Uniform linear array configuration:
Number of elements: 48
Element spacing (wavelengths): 0.5
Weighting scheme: hann
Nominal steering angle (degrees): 45
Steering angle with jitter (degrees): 46.052
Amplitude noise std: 0.05
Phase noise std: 0.05

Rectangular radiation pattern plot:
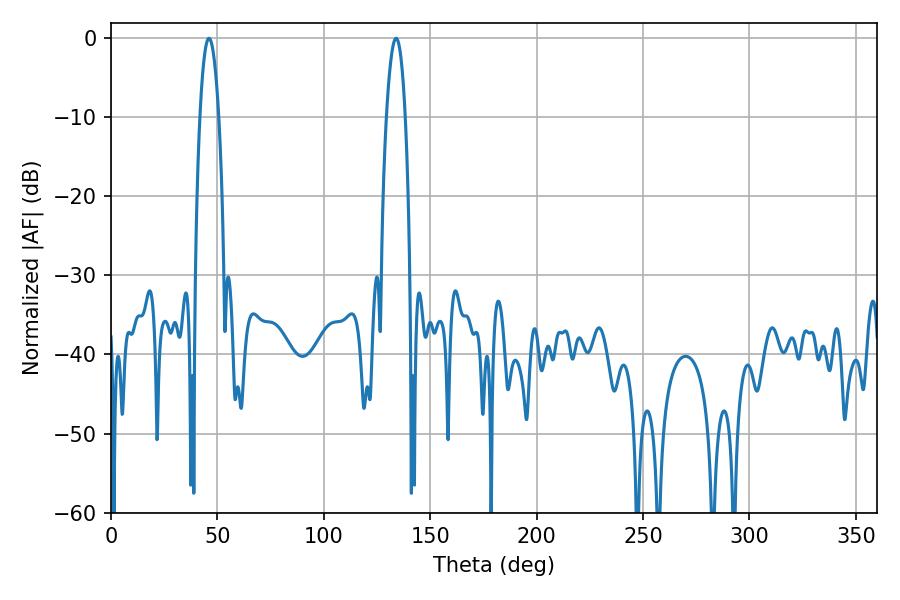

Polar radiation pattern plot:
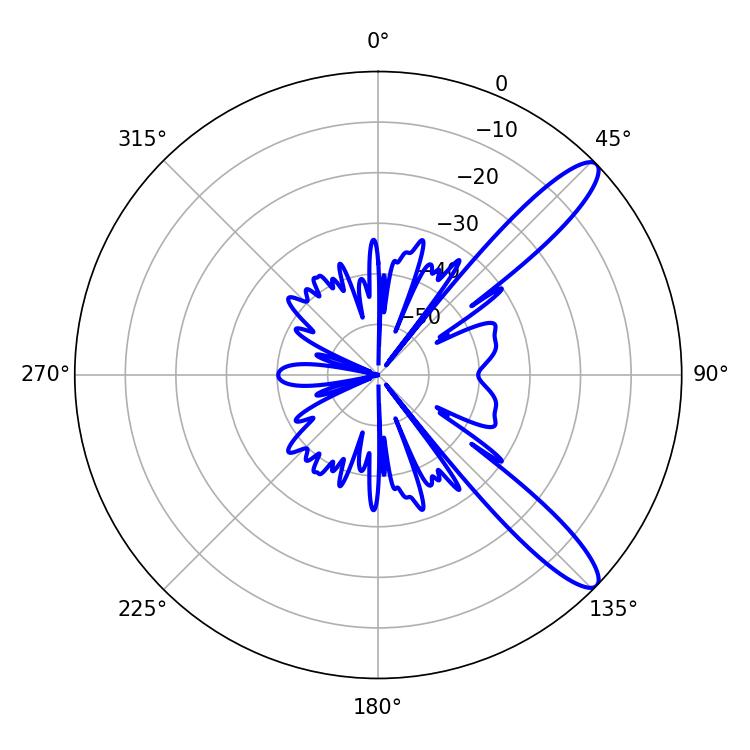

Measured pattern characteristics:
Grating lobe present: FALSE
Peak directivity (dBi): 11.764
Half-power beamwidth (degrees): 5.04
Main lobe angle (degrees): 133.92